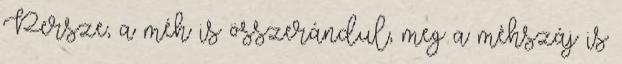
Persze, a méh is összerándul, meg a méhszáj is